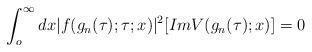
LaTeX: \begin{align*}\int_{o}^{\infty}dx|f(g_n(\tau);\tau;x)|^2[ImV(g_n(\tau);x)]=0\end{align*}